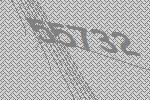
55732